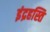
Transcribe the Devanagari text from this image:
इंद्रहस्ति